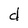
Character: d